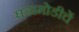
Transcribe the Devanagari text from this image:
घडामोडीचें